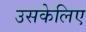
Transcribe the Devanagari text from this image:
उसकेलिए